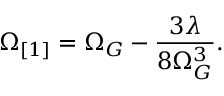
\Omega _ { [ 1 ] } = \Omega _ { G } - \frac { 3 \lambda } { 8 \Omega _ { G } ^ { 3 } } .